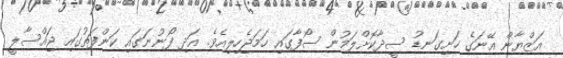
އަޒްޔާން އޭނަގެ ހަށިގަނޑު ސީދާކޮށްލަމުން ސޯފާގައި ހަމަޖެހިލިއެވެ. އަދި ފޯނުނަގައި ކަންފަތުގައި ޖައްސާލީ